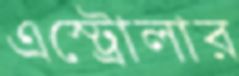
এস্ট্রোলার